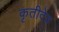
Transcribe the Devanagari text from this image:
कृतीदेव